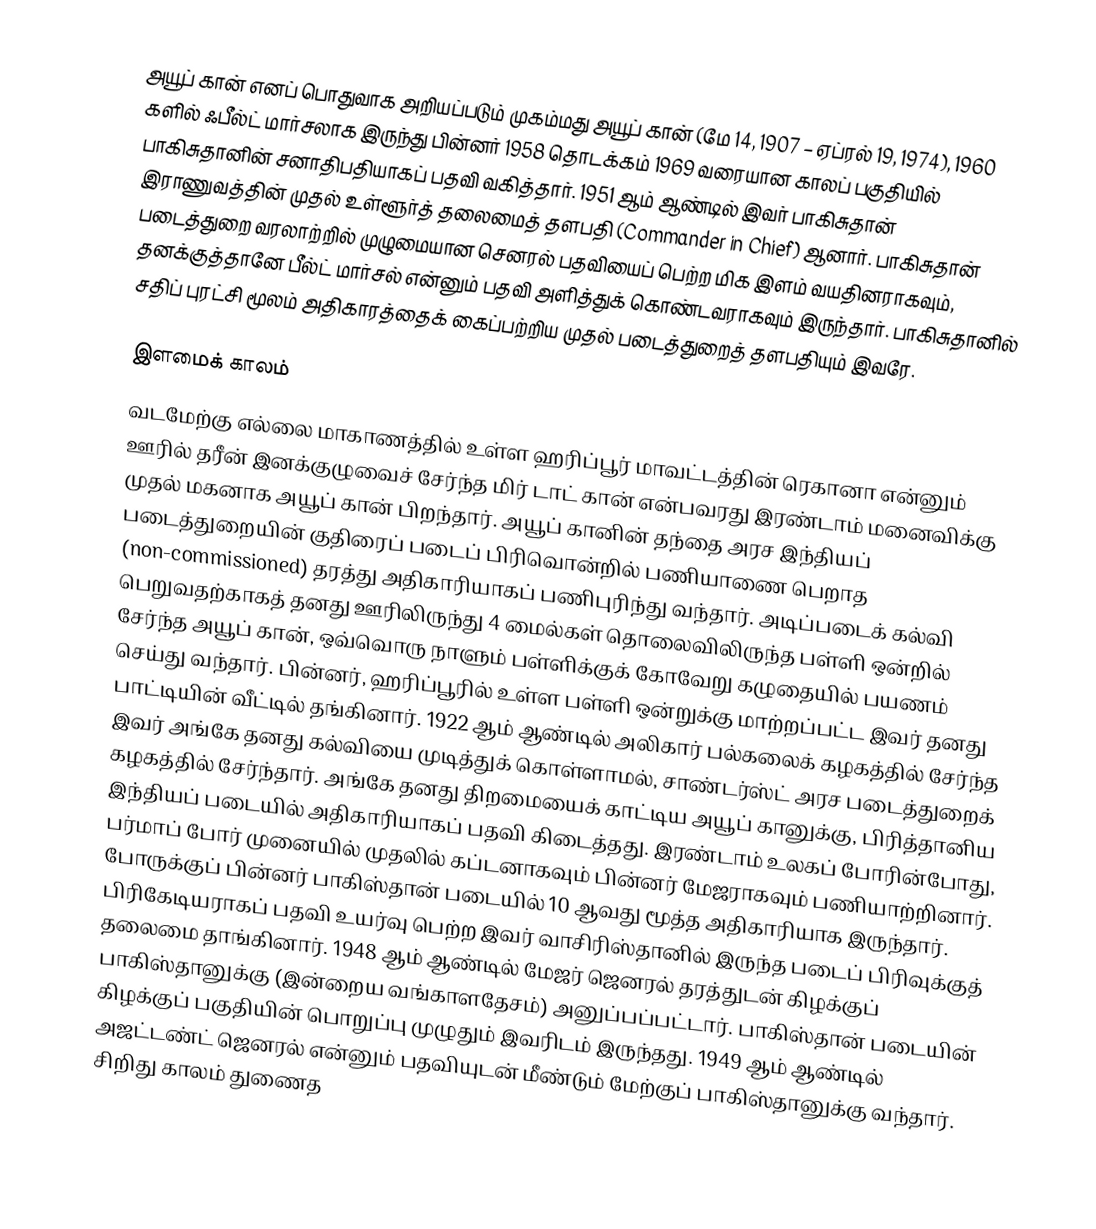
அயூப் கான் எனப் பொதுவாக அறியப்படும் முகம்மது அயூப் கான் (மே 14, 1907 – ஏப்ரல் 19, 1974), 1960 களில் ஃபீல்ட் மார்சலாக இருந்து பின்னர் 1958 தொடக்கம் 1969 வரையான காலப் பகுதியில் பாகிசுதானின் சனாதிபதியாகப் பதவி வகித்தார். 1951 ஆம் ஆண்டில் இவர் பாகிசுதான் இராணுவத்தின் முதல் உள்ளூர்த் தலைமைத் தளபதி (Commander in Chief) ஆனார். பாகிசுதான் படைத்துறை வரலாற்றில் முழுமையான செனரல் பதவியைப் பெற்ற மிக இளம் வயதினராகவும், தனக்குத்தானே பீல்ட் மார்சல் என்னும் பதவி அளித்துக் கொண்டவராகவும் இருந்தார். பாகிசுதானில் சதிப் புரட்சி மூலம் அதிகாரத்தைக் கைப்பற்றிய முதல் படைத்துறைத் தளபதியும் இவரே.

இளமைக் காலம்
வடமேற்கு எல்லை மாகாணத்தில் உள்ள ஹரிப்பூர் மாவட்டத்தின் ரெகானா என்னும் ஊரில் தரீன் இனக்குழுவைச் சேர்ந்த மிர் டாட் கான் என்பவரது இரண்டாம் மனைவிக்கு முதல் மகனாக அயூப் கான் பிறந்தார். அயூப் கானின் தந்தை அரச இந்தியப் படைத்துறையின் குதிரைப் படைப் பிரிவொன்றில் பணியாணை பெறாத (non-commissioned) தரத்து அதிகாரியாகப் பணிபுரிந்து வந்தார். அடிப்படைக் கல்வி பெறுவதற்காகத் தனது ஊரிலிருந்து 4 மைல்கள் தொலைவிலிருந்த பள்ளி ஒன்றில் சேர்ந்த அயூப் கான், ஒவ்வொரு நாளும் பள்ளிக்குக் கோவேறு கழுதையில் பயணம் செய்து வந்தார். பின்னர், ஹரிப்பூரில் உள்ள பள்ளி ஒன்றுக்கு மாற்றப்பட்ட இவர் தனது பாட்டியின் வீட்டில் தங்கினார். 1922 ஆம் ஆண்டில் அலிகார் பல்கலைக் கழகத்தில் சேர்ந்த இவர் அங்கே தனது கல்வியை முடித்துக் கொள்ளாமல், சாண்டர்ஸ்ட் அரச படைத்துறைக் கழகத்தில் சேர்ந்தார். அங்கே தனது திறமையைக் காட்டிய அயூப் கானுக்கு, பிரித்தானிய இந்தியப் படையில் அதிகாரியாகப் பதவி கிடைத்தது. இரண்டாம் உலகப் போரின்போது, பர்மாப் போர் முனையில் முதலில் கப்டனாகவும் பின்னர் மேஜராகவும் பணியாற்றினார். போருக்குப் பின்னர் பாகிஸ்தான் படையில் 10 ஆவது மூத்த அதிகாரியாக இருந்தார். பிரிகேடியராகப் பதவி உயர்வு பெற்ற இவர் வாசிரிஸ்தானில் இருந்த படைப் பிரிவுக்குத் தலைமை தாங்கினார். 1948 ஆம் ஆண்டில் மேஜர் ஜெனரல் தரத்துடன் கிழக்குப் பாகிஸ்தானுக்கு (இன்றைய வங்காளதேசம்) அனுப்பப்பட்டார். பாகிஸ்தான் படையின் கிழக்குப் பகுதியின் பொறுப்பு முழுதும் இவரிடம் இருந்தது. 1949 ஆம் ஆண்டில் அஜட்டண்ட் ஜெனரல் என்னும் பதவியுடன் மீண்டும் மேற்குப் பாகிஸ்தானுக்கு வந்தார். சிறிது காலம் துணைத